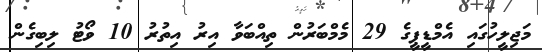
މަޖިލީހުގައި އެމްޑީޕީގެ 29 މެމްބަރުން ތިއްބަވާ އިރު އިތުރު 10 ވޯޓު ލިބިގެން